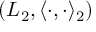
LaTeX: \left( L _ { 2 } , \langle \cdot , \cdot \rangle _ { 2 } \right)